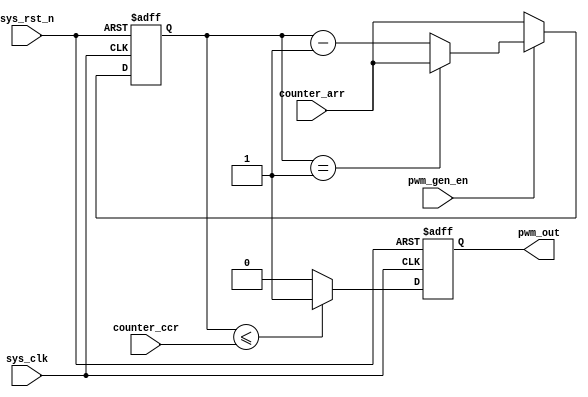
`timescale 1ns / 1ps
//////////////////////////////////////////////////////////////////////////////////
// Company: XDU
// 
// Design Name: 
// Module Name: beep
// Project Name: 
// Target Devices: 
// Tool Versions: 
// Description: 
// 
// Dependencies: 
// 
// Revision:
// Revision 0.01 - File Created
// Additional Comments:
// 
//////////////////////////////////////////////////////////////////////////////////


module beep (
    input  wire                         sys_clk                    ,
    input  wire                         sys_rst_n                  ,
    input  wire                         pwm_gen_en                 ,
    input  wire        [  31: 0]        counter_arr                ,
    input  wire        [  31: 0]        counter_ccr                ,

    output reg                          pwm_out                     
);
    reg [31:0] beep_cnt;//32

    always @(posedge sys_clk or negedge sys_rst_n) begin
        if(!sys_rst_n)
            beep_cnt <= 32'd0;
        else if(pwm_gen_en)begin
           if(beep_cnt == 32'd1)                //1
                beep_cnt <= counter_arr;    
            else
                beep_cnt <= beep_cnt - 1'd1;    //
        end
        else
            beep_cnt <= counter_arr;            //
        end

    always @(posedge sys_clk or negedge sys_rst_n) begin //PWMPWM
        if(!sys_rst_n)
            pwm_out <= 1'd0;
        else if(beep_cnt <= counter_ccr)
            pwm_out <= 1'd1;
        else
            pwm_out <= 1'd0;
    end


endmodule